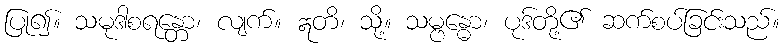
ပြု၍။ သမုဒါစရန္တော၊ လျက်။ ဣတိ၊ သို့။ သမ္ဗန္ဓော၊ ပုဒ်တို့၏ ဆက်စပ်ခြင်းသည်။